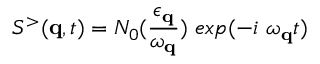
S ^ { > } ( { \bf { q } } , t ) = N _ { 0 } ( \frac { \epsilon _ { { \bf { q } } } } { \omega _ { { \bf { q } } } } ) \mathrm { ~ } e x p ( - i \mathrm { ~ } \omega _ { { \bf { q } } } t )